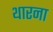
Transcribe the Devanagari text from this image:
थारना